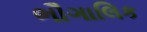
ભૌગાલિક